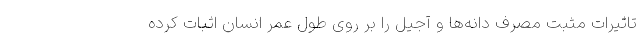
تاثیرات مثبت مصرف دانه‌ها و آجیل را بر روی طول عمر انسان اثبات کرده